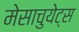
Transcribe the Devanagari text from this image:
मेसाचुयेट्स